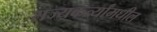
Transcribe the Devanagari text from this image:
राज्यकर्त्यांमधील